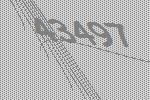
43497